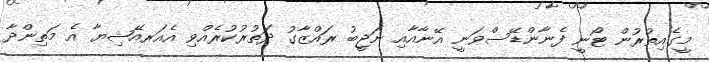
މީގެއިތުރުން ޓޯނީ ފެނާންޑޭސްވަނީ އޭނާއާއި ނަޖީބު ރައްޒާގު ދަތުރުކުރެއްވި އެއަރއޭޝިޔާ އެ މަތިންދާ